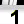
Digit: 1